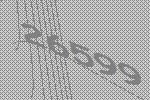
26599